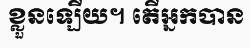
ខ្លួនឡើយ។ តើអ្នកបាន